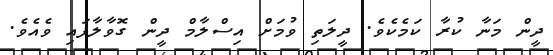
ދީން މަނާ ކުރާ ކަމެކެވެ. ދީލަތި ވުމަށް އިސްލާމް ދީން ގޮވާލާފައި ވެއެވެ.